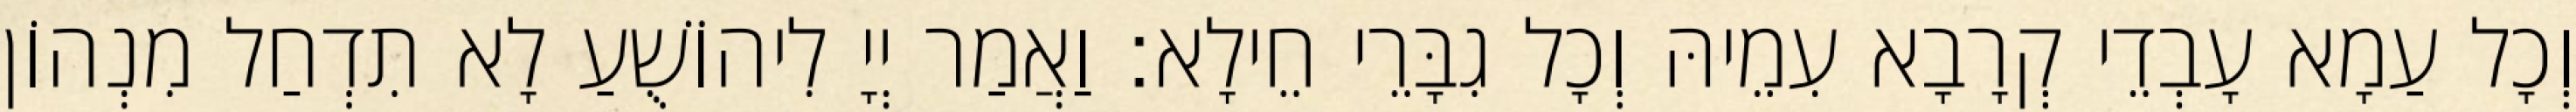
וְכָל עַמָא עָבְדֵי קְרָבָא עִמֵיהּ וְכָל גִבָּרֵי חֵילָא׃ וַאֲמַר יְיָ לִיהוֹשֻׁעַ לָא תִדְחַל מִנְהוֹן